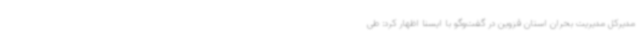
مدیرکل مدیریت بحران استان قزوین در گفت‌وگو با ایسنا اظهار کرد: طی